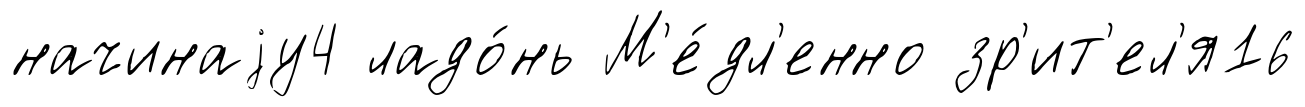
начинаjу4 ладо́нь М'е́дл'енно зр'ит'ел'я16